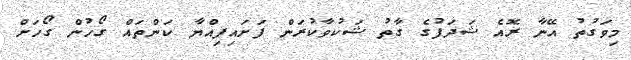
މިވަގުތު އޭނާ ރޮއެ ޝަދަފުގެ ގާތު ޝަކުވާކުރަން ފަށައިފިއްޔާ ކަންތައް ގޯހުން ގޯހަށް